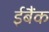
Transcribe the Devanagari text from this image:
ईबैंक